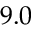
9 . 0